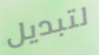
لتبديل